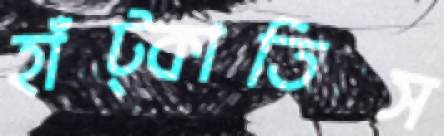
হাঁট্‌কাতিস